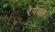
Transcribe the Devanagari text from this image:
रेगेक्स